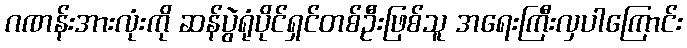
ဂဏန်းအားလုံးကို ဆန်ပွဲရုံပိုင်ရှင်တစ်ဦးဖြစ်သူ အရေးကြီးလှပါကြောင်း